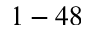
1 - 4 8